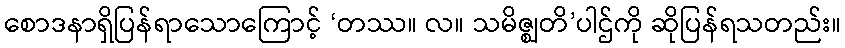
စောဒနာရှိပြန်ရာသောကြောင့် ‘တဿ။ လ။ သမိဇ္ဈတိ’ပါဌ်ကို ဆိုပြန်ရသတည်း။